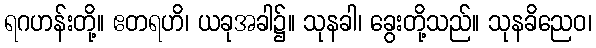
ရဂဟန်းတို့။ ဧတရဟိ၊ ယခုအခါ၌။ သုနခါ၊ ခွေးတို့သည်။ သုနခိညေဝ၊